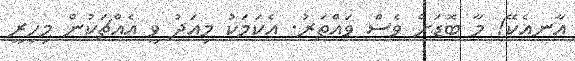
އާނއެކޭ! މާ ބޮޑަށް ވެސް ވައްތަރު. އެކަމަކު މިއަދު ވީ އެއްޗަކުން މިހިރީ